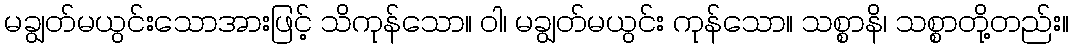
မချွတ်မယွင်းသောအားဖြင့် သိကုန်သော။ ဝါ၊ မချွတ်မယွင်း ကုန်သော။ သစ္စာနိ၊ သစ္စာတို့တည်း။